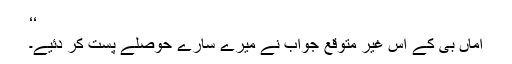
‘‘
اماں بی کے اس غیر متوقع جواب نے میرے سارے حوصلے پست کر دئیے۔